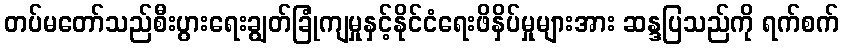
တပ်မတော်သည်စီးပွားရေးချွတ်ခြုံကျမှုနှင့်နိုင်ငံရေးဖိနှိပ်မှုများအား ဆန္ဒပြသည်ကို ရက်စက်